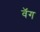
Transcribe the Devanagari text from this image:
वॅग